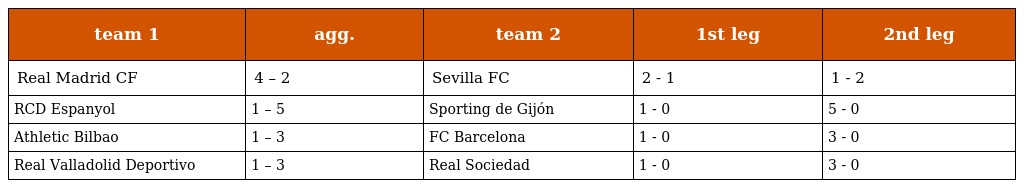
| team 1 | agg. | team 2 | 1st leg | 2nd leg |
 | --- | --- | --- | --- | --- |
 | Real Madrid CF | 4 – 2 | Sevilla FC | 2 - 1 | 1 - 2 |
 | RCD Espanyol | 1 – 5 | Sporting de Gijón | 1 - 0 | 5 - 0 |
 | Athletic Bilbao | 1 – 3 | FC Barcelona | 1 - 0 | 3 - 0 |
 | Real Valladolid Deportivo | 1 – 3 | Real Sociedad | 1 - 0 | 3 - 0 |